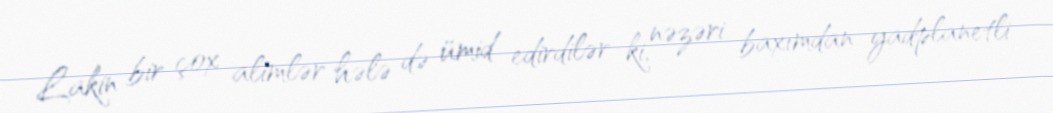
Lakin bir çox alimlər hələ də ümid edirdilər ki, nəzəri baxımdan yadplanetli